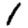
Digit: 1